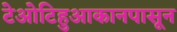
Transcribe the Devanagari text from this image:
टेओटिहुआकानपासून